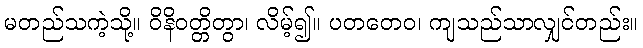
မတည်သကဲ့သို့။ ဝိနိဝတ္တိတွာ၊ လိမ့်၍။ ပတတေဝ၊ ကျသည်သာလျှင်တည်း။